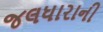
જલધારાની